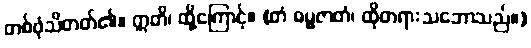
တစ်ဖုံသိတတ်၏။ ဣတိ၊ ထို့ကြောင့်။ (တံ ဓမ္မဇာတံ၊ ထိုတရားသဘောသည်။)